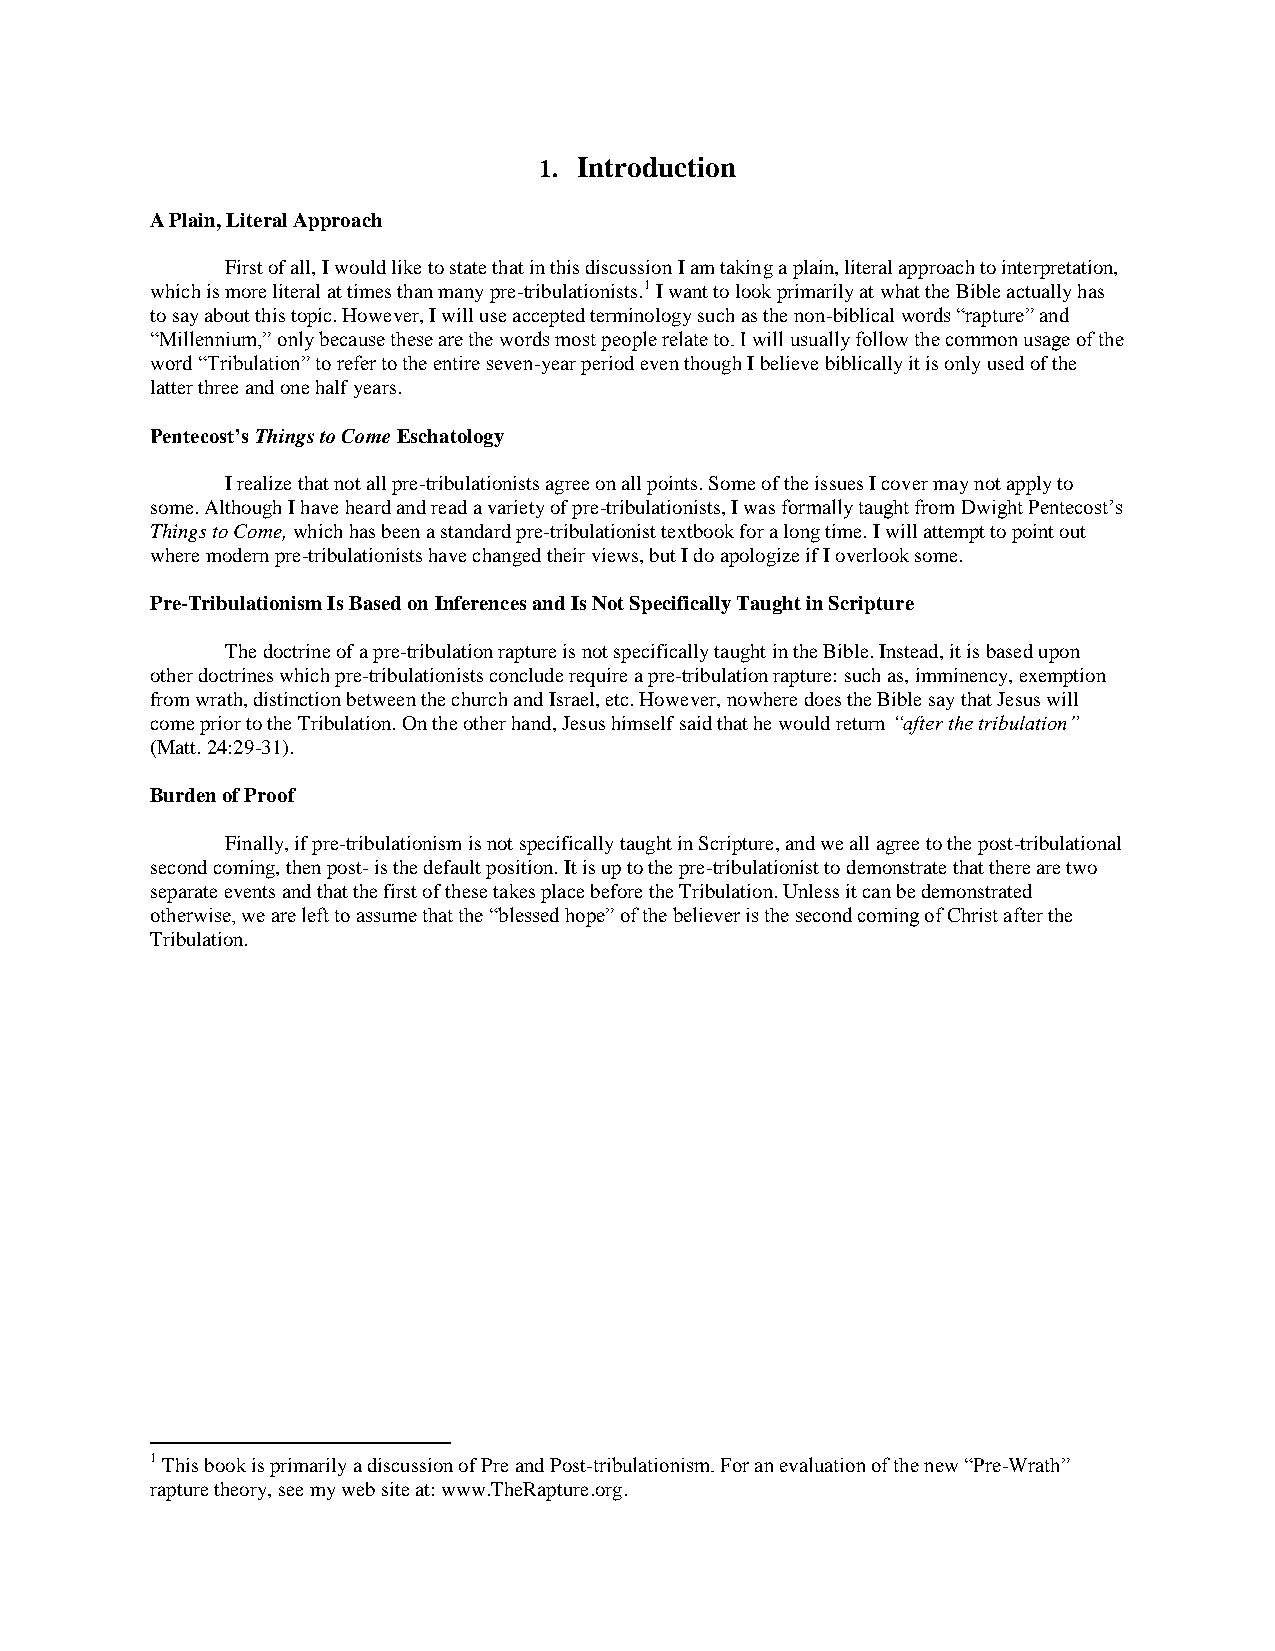
1. Introduction
 A Plain, Literal Approach
 First of all, I would like to state that in this discussion I am taking a plain, literal approach to interpretation,
 which is more literal at times than many pre-tribulationists.1 I want to look primarily at what the Bible actually has
 to say about this topic. However, I will use accepted terminology such as the non-biblical words “rapture” and
 “Millennium,” only because these are the words most people relate to. I will usually follow the common usage of the
 word “Tribulation” to refer to the entire seven-year period even though I believe biblically it is only used of the
 latter three and one half years.
 Pentecost’s Things to Come Eschatology
 I realize that not all pre-tribulationists agree on all points. Some of the issues I cover may not apply to
 some. Although I have heard and read a variety of pre-tribulationists, I was formally taught from Dwight Pentecost‟s
 Things to Come, which has been a standard pre-tribulationist textbook for a long time. I will attempt to point out
 where modern pre-tribulationists have changed their views, but I do apologize if I overlook some.
 Pre-Tribulationism Is Based on Inferences and Is Not Specifically Taught in Scripture
 The doctrine of a pre-tribulation rapture is not specifically taught in the Bible. Instead, it is based upon
 other doctrines which pre-tribulationists conclude require a pre-tribulation rapture: such as, imminency, exemption
 from wrath, distinction between the church and Israel, etc. However, nowhere does the Bible say that Jesus will
 come prior to the Tribulation. On the other hand, Jesus himself said that he would return “after the tribulation”
 (Matt. 24:29-31).
 Burden of Proof
 Finally, if pre-tribulationism is not specifically taught in Scripture, and we all agree to the post-tribulational
 second coming, then post- is the default position. It is up to the pre-tribulationist to demonstrate that there are two
 separate events and that the first of these takes place before the Tribulation. Unless it can be demonstrated
 otherwise, we are left to assume that the “blessed hope” of the believer is the second coming of Christ after the
 Tribulation.
 1 This book is primarily a discussion of Pre and Post-tribulationism. For an evaluation of the new “Pre-Wrath”
 rapture theory, see my web site at: www.TheRapture.org.